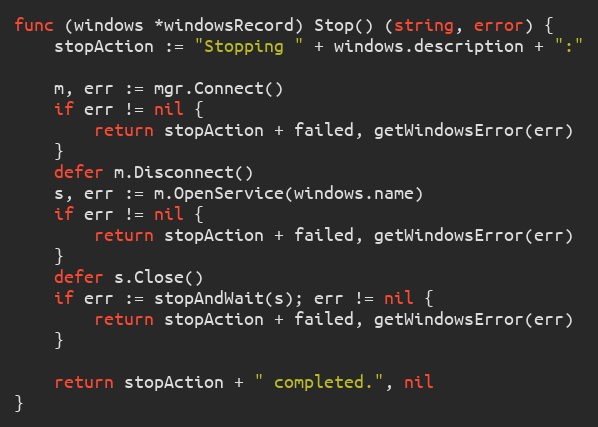
Language: Go
func (windows *windowsRecord) Stop() (string, error) {
	stopAction := "Stopping " + windows.description + ":"

	m, err := mgr.Connect()
	if err != nil {
		return stopAction + failed, getWindowsError(err)
	}
	defer m.Disconnect()
	s, err := m.OpenService(windows.name)
	if err != nil {
		return stopAction + failed, getWindowsError(err)
	}
	defer s.Close()
	if err := stopAndWait(s); err != nil {
		return stopAction + failed, getWindowsError(err)
	}

	return stopAction + " completed.", nil
}